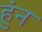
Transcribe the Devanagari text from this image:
हुंन